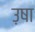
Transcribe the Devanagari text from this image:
उ़षा